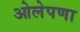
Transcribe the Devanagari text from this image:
ओलेपणा